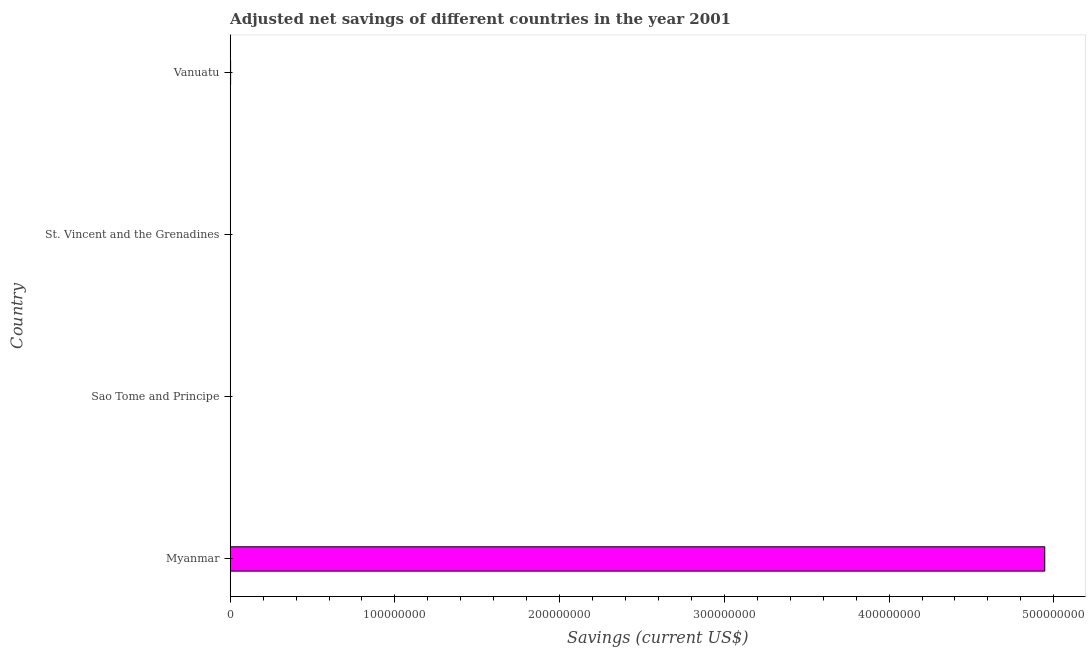
| Country | Adjusted savings: particulate emission damage (current US$) |
 | --- | --- |
 | Myanmar | 4.95e+08 |
 | Sao Tome and Principe | 5.13e+03 |
 | St. Vincent and the Grenadines | 1.3e+05 |
 | Vanuatu | 2.52e+05 |